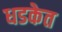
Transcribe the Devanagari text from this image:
धडकेत